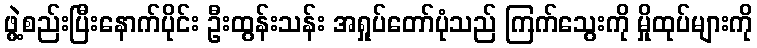
ဖွဲ့စည်းပြီးနောက်ပိုင်း ဦးထွန်းသန်း အရှုပ်တော်ပုံသည် ကြက်သွေးကို မှိုထုပ်များကို